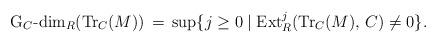
LaTeX: \begin{align*}\textrm{G}_C\textrm{-dim}_R(\textrm{Tr}_C (M)) \, = \, \sup \{ j\geq 0 \mid \textrm{Ext}_{R}^j (\textrm{Tr}_C (M),\,C) \neq 0 \}.\end{align*}